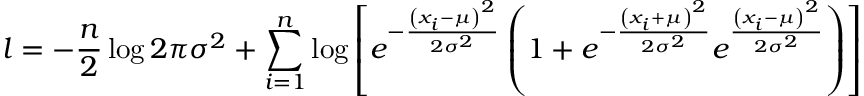
l = - { \frac { n } { 2 } } \log { 2 \pi \sigma ^ { 2 } } + \sum _ { i = 1 } ^ { n } \log { \left[ e ^ { - { \frac { \left( x _ { i } - \mu \right) ^ { 2 } } { 2 \sigma ^ { 2 } } } } \left( 1 + e ^ { - { \frac { \left( x _ { i } + \mu \right) ^ { 2 } } { 2 \sigma ^ { 2 } } } } e ^ { \frac { \left( x _ { i } - \mu \right) ^ { 2 } } { 2 \sigma ^ { 2 } } } \right) \right] }